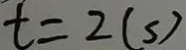
t = 2 ( s )